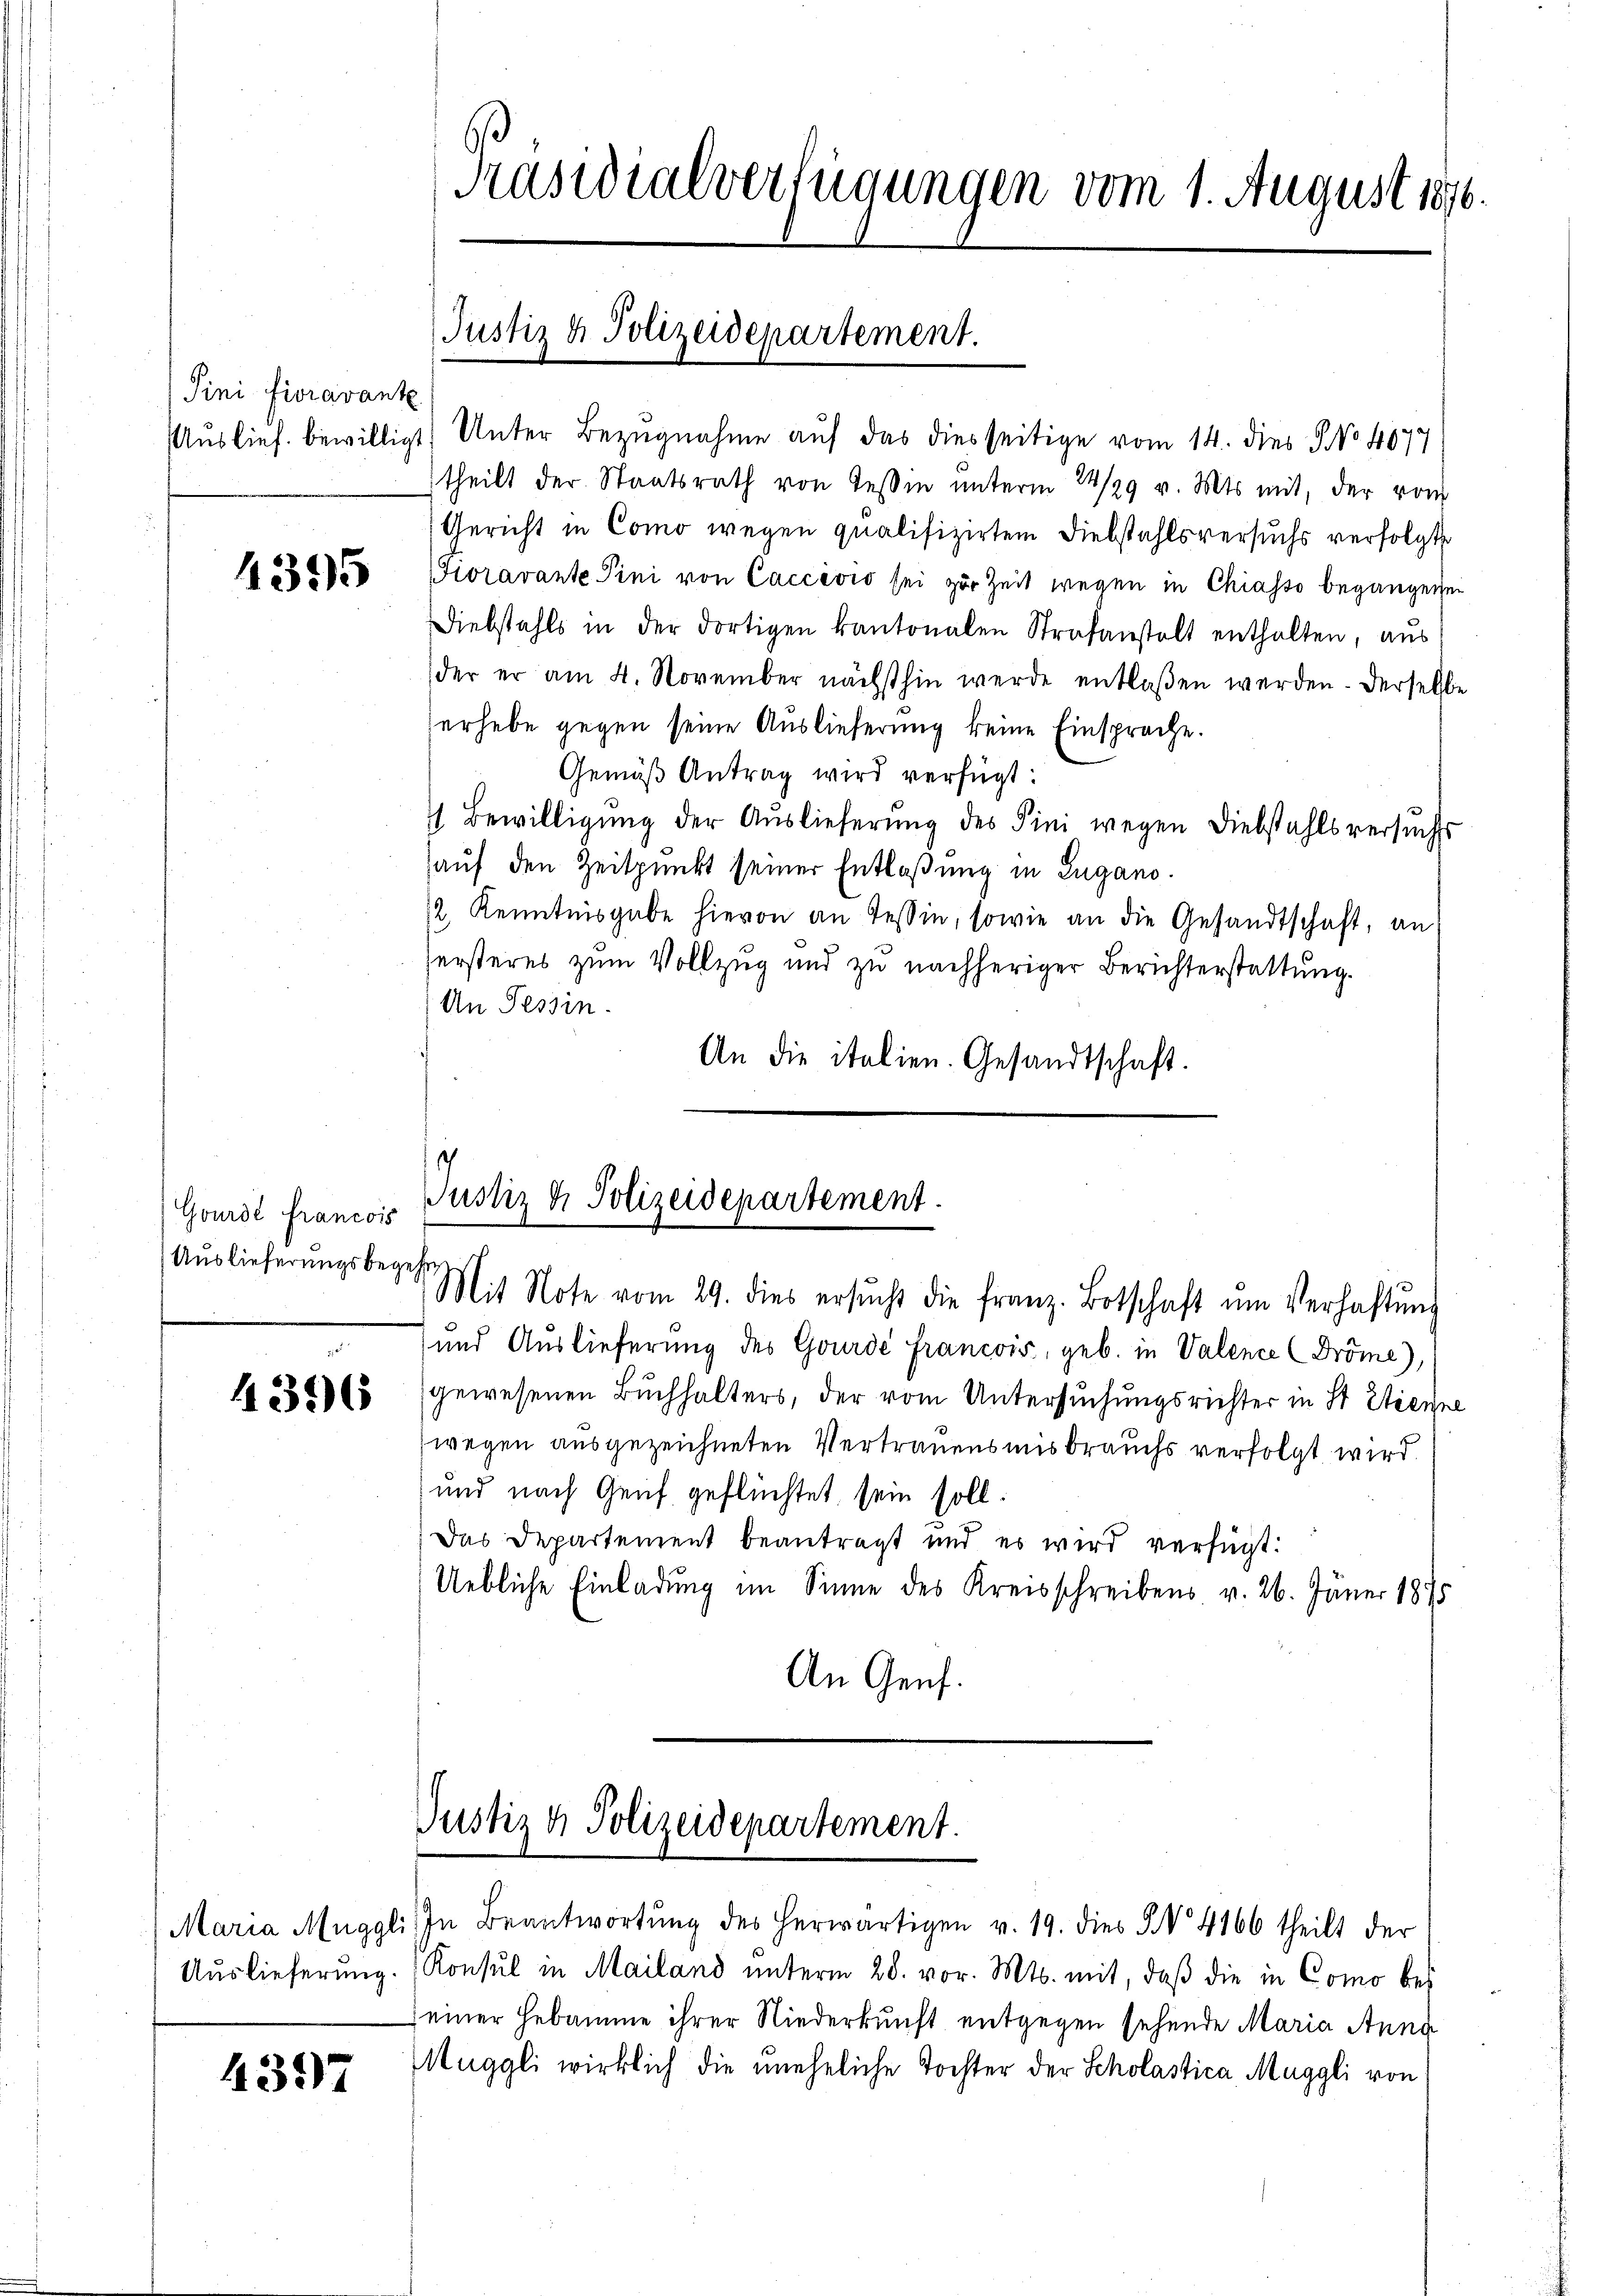
Sini Fioravante

4395

Gwurde francois
Auslieferungsbegehr

4356

Auslieferung.

4397

Auslief bewilligt. Unter Bezugnahme auf das diesseitige vom 14. dies J. No. 4877
theilt der Staatsrath von Tessin unterm 24/29 v. Mts. mit, der vom
Gericht in Como wegen qualifizirten Diebstahlsversuchs verfolgte
Fioravante Pini von Caccévio sei zur Zeit wegen in Chiasso begangenen
Diebstahls in der dortigen kantonalen Strafanstalt enthalten, aus
der er am 4. November nächsthin werde entlassen werden. Derselbe
erhebe gegen seine Auslieferung keine Einsprache.
Gemäß Antrag wird verfügt:
4 Bewilligung der Auslieferung des Pini wegen Diebstahls versuchs
auf den Zeitpunkt seiner Entlaßung in Zugano.
12, Kenntnisgabe hievon an Tessin, sowie an die Gesandtschaft, an
hersteres zum Vollzug und zu nachheriger Berichterstattung.
An Tessin.
An die italien. Gesandtschaft.

Präsidialverfügungen vom 1. August 1876.

Justiz & Polizeidepartement.

.
Justiz & Polizeidepartement.

Mit Note vom 29. dies ersŭcht die franz. Botschaft ŭm Verhaltŭng
und Auslieferung des Gourde Francois, geb. in Valence (Dröme),
gewesenen Buchhalters, der vom Untersuchungsrichter in St. Etienne
wegen ausgezeichneten Vertrauensmisbrauchs verfolgt wird
und nach Genf geflüchtet sein soll.
Das Departement beantragt und es wird verfügt:
Uebliche Einladung im Sinne des Kreisschreibens v. 26. Jäner 1875
An Genf.

Justiz & Polizeidepartement.

Maria Muggli. In Beantwortŭng des herwärtigen v. 19. dies § 4166 theilt der
Konsul in Mailand unterm 28. vor. Mts. mit, daß die in Como bei
seiner Hebamme ihrer Niederkunft entgegen sehende Maria Anna
Muggli wirklich die uneheliche Tochter der Scholastica, Muggli von